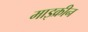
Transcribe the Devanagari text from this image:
माइक्रीन